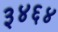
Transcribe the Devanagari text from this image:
३४६४